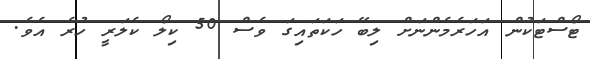
ޓޯސްޓަކުން އަހަރެމެންނަށް ލިބޭ ހަކަތައިގަ ވެސް 50 ކިލޯ ކެލަރީ ހުރެ އެވެ.